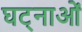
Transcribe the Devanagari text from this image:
घट्नाओं